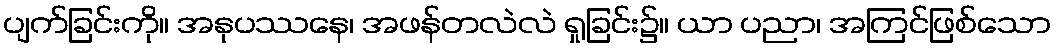
ပျက်ခြင်းကို။ အနုပဿနေ၊ အဖန်တလဲလဲ ရှုခြင်း၌။ ယာ ပညာ၊ အကြင်ဖြစ်သော